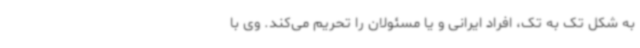
به شکل تک به تک، افراد ایرانی و یا مسئولان را تحریم می‌کند. وی با